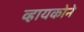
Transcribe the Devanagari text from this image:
व्हायकोने